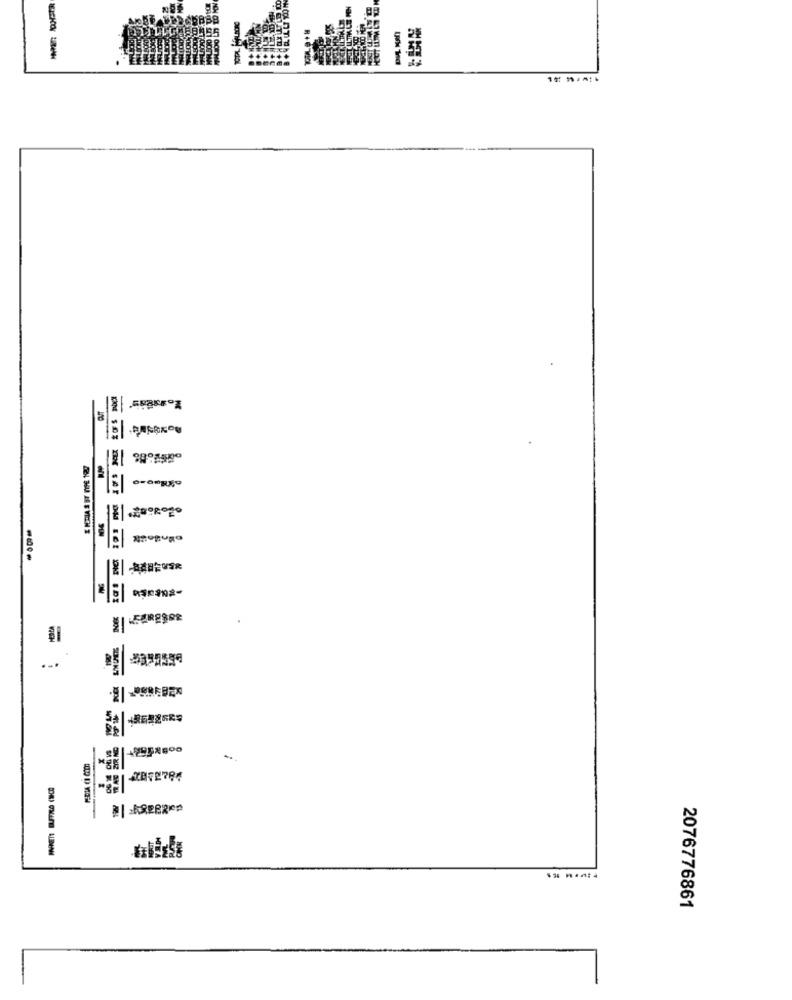
R$0902-
-
2076776861